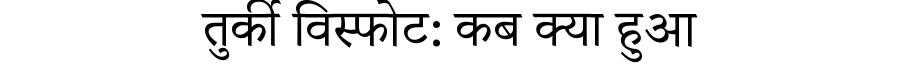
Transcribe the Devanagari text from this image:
तुर्की विस्फोट: कब क्या हुआ